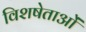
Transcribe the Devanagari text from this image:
विशषेताओं